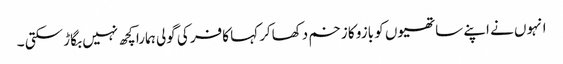
انہوں نے اپنے ساتھیوں کو بازو کا زخم دکھاکر کہا کافر کی گولی ہمارا کچھ نہیں بگاڑ سکتی ۔